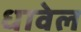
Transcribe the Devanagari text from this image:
धावेल